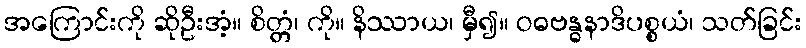
အကြောင်းကို ဆိုဦးအံ့။ စိတ္တံ၊ ကို။ နိဿာယ၊ မှီ၍။ ဝဓဗန္ဓနာဒိပစ္စယံ၊ သတ်ခြင်း